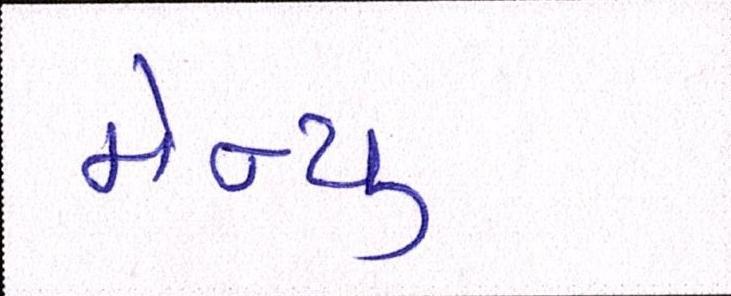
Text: મેન્યુ